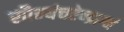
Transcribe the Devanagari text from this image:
सौम्यंचऐन्द्राग्नं